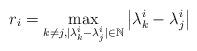
LaTeX: \begin{gather*}r_i= \max_{k \neq j,|\lambda^i_k-\lambda^i_j|\in \mathbb{N}}\big|\lambda^i_k-\lambda^i_j\big|\end{gather*}